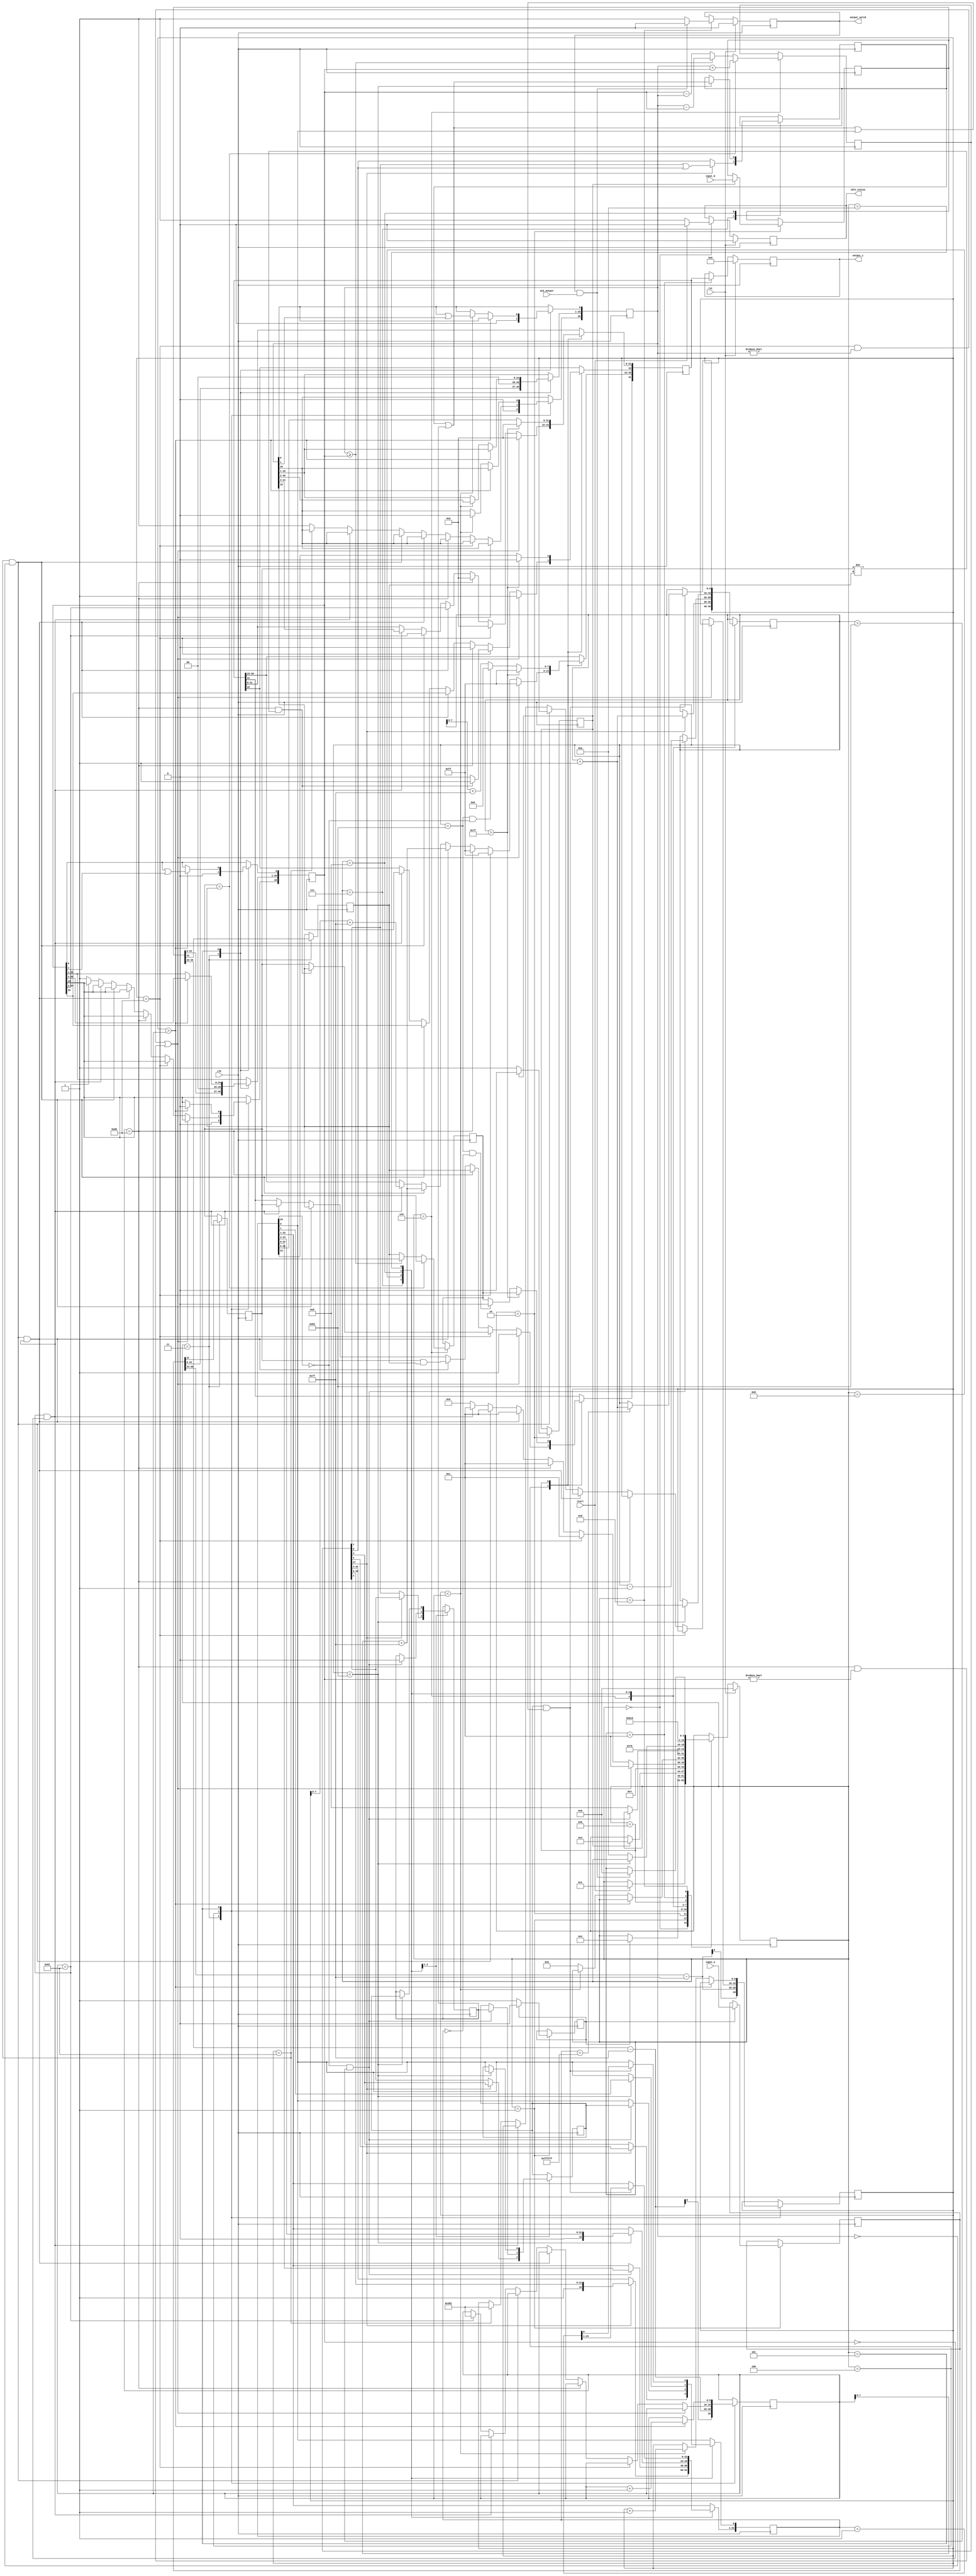
module adder(input_a, input_b, start, ack_output, clk, rst, output_z, output_valid, idle_status);

input wire clk;
input wire rst;
input wire start;

input wire [31:0] input_a;
reg input_a_ack;

input wire [31:0] input_b;
reg input_b_ack;

output wire [31:0] output_z;
output reg idle_status;
output reg output_valid;
input wire ack_output;

reg [31:0] s_output_z;
reg s_input_a_ack;
reg s_input_b_ack;

reg [3:0] state   = 4'd0;

parameter idle           = 4'd0,
          get_a          = 4'd1,
          get_b          = 4'd2,
          unpack         = 4'd3,
          special_cases  = 4'd4,
          align          = 4'd5,
          add_0          = 4'd6,
          add_1          = 4'd7,
          normalise_1    = 4'd8,
          normalise_2    = 4'd9,
          round          = 4'd10,
          pack           = 4'd11,
          put_z          = 4'd12,
          setOutputValid = 4'd13;

reg [31:0] a, b, z;
reg [26:0] a_m, b_m;
reg [23:0] z_m;
reg [9:0] a_e, b_e, z_e;
reg a_s, b_s, z_s;
reg guard, round_bit, sticky;
reg [27:0] sum;

  always @(posedge clk)
  begin

    case(state)
    
      idle:
      begin
      idle_status <= 1'b1;
      if(start == 1'd1) begin
        idle_status <= 1'b0;
        state <= get_a;
        end
      end

      get_a:
      begin
        s_input_a_ack <= 1;
        if (s_input_a_ack) begin
          a <= input_a;
          s_input_a_ack <= 0;
          state <= get_b;
        end
      end

      get_b:
      begin
        s_input_b_ack <= 1;
        if (s_input_b_ack) begin
          b <= input_b;
          s_input_b_ack <= 0;
          state <= unpack;
        end
      end

      unpack:
      begin
        a_m <= {a[22 : 0], 3'd0};
        b_m <= {b[22 : 0], 3'd0};
        a_e <= a[30 : 23] - 127;
        b_e <= b[30 : 23] - 127;
        a_s <= a[31];
        b_s <= b[31];
        state <= special_cases;
      end

      special_cases:
      begin
        //if a is NaN or b is NaN return NaN 
        if ((a_e == 128 && a_m != 0) || (b_e == 128 && b_m != 0)) begin
          z[31] <= 1;
          z[30:23] <= 255;
          z[22] <= 1;
          z[21:0] <= 0;
          state <= put_z;
        //if a is inf return inf
        end
        else if (a_e == 128) begin
          z[31] <= a_s;
          z[30:23] <= 255;
          z[22:0] <= 0;
          //if a is inf and signs don't match return nan
          if ((b_e == 128) && (a_s != b_s)) begin
              z[31] <= b_s;
              z[30:23] <= 255;
              z[22] <= 1;
              z[21:0] <= 0;
          end
          state <= put_z;
        //if b is inf return inf
        end 
        else if (b_e == 128) begin
          z[31] <= b_s;
          z[30:23] <= 255;
          z[22:0] <= 0;
          state <= put_z;
        //if a is zero return b
        end 
        else if ((($signed(a_e) == -127) && (a_m == 0)) && (($signed(b_e) == -127) && (b_m == 0))) begin
          z[31] <= a_s & b_s;
          z[30:23] <= b_e[7:0] + 127;
          z[22:0] <= b_m[26:3];
          state <= put_z;
        //if a is zero return b
        end 
        else if (($signed(a_e) == -127) && (a_m == 0)) begin
          z[31] <= b_s;
          z[30:23] <= b_e[7:0] + 127;
          z[22:0] <= b_m[26:3];
          state <= put_z;
        //if b is zero return a
        end 
        else if (($signed(b_e) == -127) && (b_m == 0)) begin
          z[31] <= a_s;
          z[30:23] <= a_e[7:0] + 127;
          z[22:0] <= a_m[26:3];
          state <= put_z;
        end 
        else begin
          //Denormalised Number
          if ($signed(a_e) == -127) begin
            a_e <= -126;
          end 
          else begin
            a_m[26] <= 1;
          end
          //Denormalised Number
          if ($signed(b_e) == -127) begin
            b_e <= -126;
          end 
          else begin
            b_m[26] <= 1;
          end
          state <= align;
        end
      end

      align:
      begin
        if ($signed(a_e) > $signed(b_e)) begin
          b_e <= b_e + 1;
          b_m <= b_m >> 1;
          b_m[0] <= b_m[0] | b_m[1];
        end 
        else if ($signed(a_e) < $signed(b_e)) begin
          a_e <= a_e + 1;
          a_m <= a_m >> 1;
          a_m[0] <= a_m[0] | a_m[1];
        end 
        else begin
          state <= add_0;
        end
      end

      add_0:
      begin
        z_e <= a_e;
        if (a_s == b_s) begin
          sum <= a_m + b_m;
          z_s <= a_s;
        end 
        else begin
          if (a_m >= b_m) begin
            sum <= a_m - b_m;
            z_s <= a_s;
          end 
          else begin
            sum <= b_m - a_m;
            z_s <= b_s;
          end
        end
        state <= add_1;
      end

      add_1:
      begin
        if (sum[27]) begin
          z_m <= sum[27:4];
          guard <= sum[3];
          round_bit <= sum[2];
          sticky <= sum[1] | sum[0];
          z_e <= z_e + 1;
        end 
        else begin
          z_m <= sum[26:3];
          guard <= sum[2];
          round_bit <= sum[1];
          sticky <= sum[0];
        end
        state <= normalise_1;
      end

      normalise_1:
      begin
        if (z_m[23] == 0 && $signed(z_e) > -126) begin
          z_e <= z_e - 1;
          z_m <= z_m << 1;
          z_m[0] <= guard;
          guard <= round_bit;
          round_bit <= 0;
        end 
        else begin
          state <= normalise_2;
        end
      end

      normalise_2:
      begin
        if ($signed(z_e) < -126) begin
          z_e <= z_e + 1;
          z_m <= z_m >> 1;
          guard <= z_m[0];
          round_bit <= guard;
          sticky <= sticky | round_bit;
        end 
        else begin
          state <= round;
        end
      end

      round:
      begin
        if (guard && (round_bit | sticky | z_m[0])) begin
          z_m <= z_m + 1;
          if (z_m == 24'hffffff) begin
            z_e <=z_e + 1;
          end
        end
        state <= pack;
      end

      pack:
      begin
        z[22 : 0] <= z_m[22:0];
        z[30 : 23] <= z_e[7:0] + 127;
        z[31] <= z_s;
        if ($signed(z_e) == -126 && z_m[23] == 0) begin
          z[30 : 23] <= 0;
        end
        if ($signed(z_e) == -126 && z_m[23:0] == 24'h0) begin
          z[31] <= 1'b0; // FIX SIGN BUG: -a + a = +0.
        end
        //if overflow occurs, return inf
        if ($signed(z_e) > 127) begin
          z[22 : 0] <= 0;
          z[30 : 23] <= 255;
          z[31] <= z_s;
        end
        state <= put_z;
      end

      put_z:
      begin
        s_output_z <= z;
          state <= setOutputValid;
      end
      
      setOutputValid:
      begin
      output_valid <= 1;
        if (output_valid == 1'd1 && ack_output == 1'd1) begin
          output_valid <= 0;
          state <= idle;
        end

      end

    endcase

    if (rst == 1) begin
      state <= idle;
      idle_status <= 0;
      output_valid <= 0;
      s_output_z <= 0;
    end

  end
//  assign input_a_ack = s_input_a_ack;
//  assign input_b_ack = s_input_b_ack;
  assign output_z = s_output_z;

endmodule